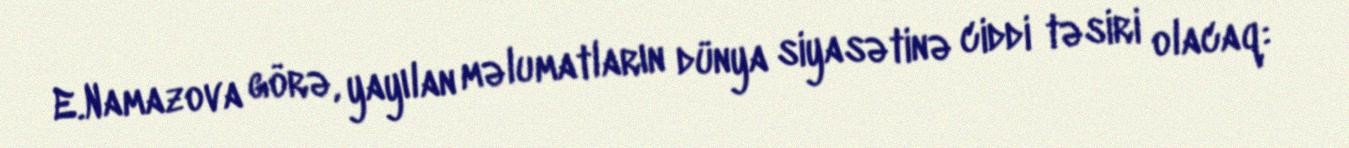
E.Namazova görə, yayılan məlumatların dünya siyasətinə ciddi təsiri olacaq: